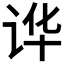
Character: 𲂊